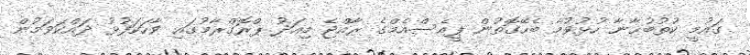
ގައުމީ ކުތުބުޚާނާ ހުޅުވުމާ ބެހޭގޮތުން ޕީއެސްއެމްގެ ރާއްޖެ މިއަދު ޕްރޮގްރާމުގައި ވާހަކަފުޅު ދަައްކަވަމުން